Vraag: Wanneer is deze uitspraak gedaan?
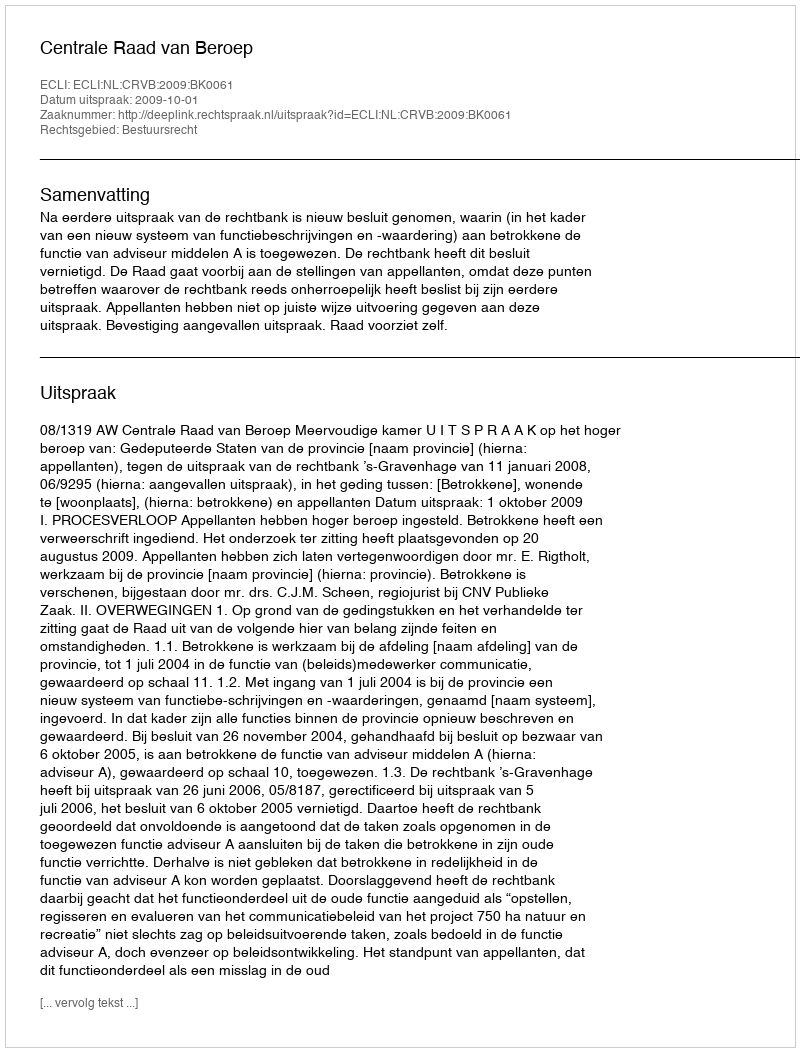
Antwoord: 2009-10-01